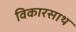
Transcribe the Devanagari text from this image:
विकारसाथ